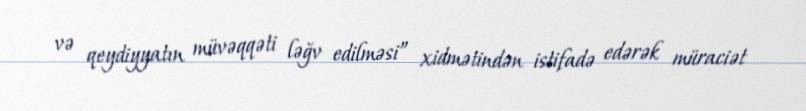
və qeydiyyatın müvəqqəti ləğv edilməsi” xidmətindən istifadə edərək müraciət